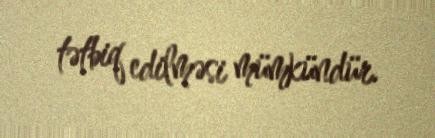
tətbiq edilməsi mümkündür.